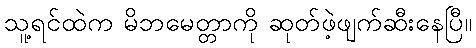
သူ့ရင်ထဲက မိဘမေတ္တာကို ဆုတ်ဖဲ့ဖျက်ဆီးနေပြီ။